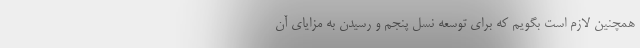
همچنین لازم است بگویم که برای توسعه نسل پنجم و رسیدن به مزایای آن